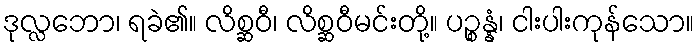
ဒုလ္လဘော၊ ရခဲ၏။ လိစ္ဆဝီ၊ လိစ္ဆဝီမင်းတို့။ ပဉ္စန္နံ၊ ငါးပါးကုန်သော။